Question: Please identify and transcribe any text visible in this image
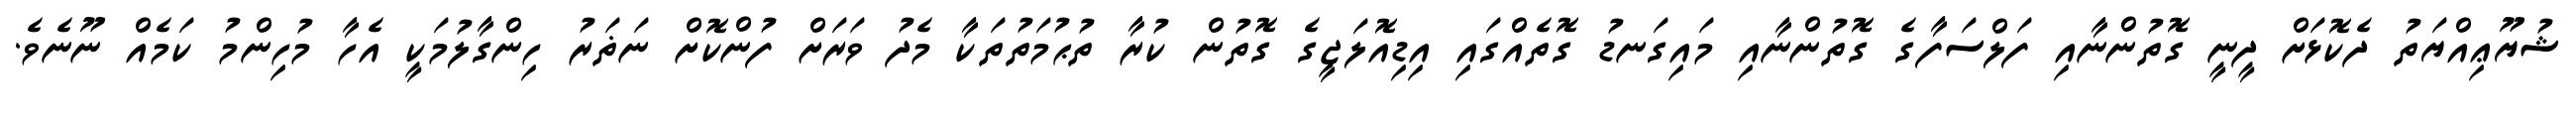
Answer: ޝުޔޫޢިއްޔަތު ދެކޮޅަށް ދީނީ ގޮތުންނާއި ފަލްސަފާގެ ގޮތުންނާއި މައިގަނޑު ގޮތެއްގައި އިޑިއޮލަޖީގެ ގޮތުން ކުރާ ތުޙުމަތުތަކާ މެދު ވަރަށް ފުންކޮށް ނަޡަރު ހިންގާލުމަކީ އެހާ މުހިންމު ކަމެއް ނޫނެވެ.